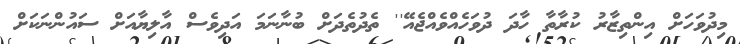
މިދުވަހަށް އިންތިޒާރު ކުރާތާ ހާދަ ދުވަހެއްވެއްޖެއޭ'' ތެދުތެދަށް ބުނާނަމަ އަދިވެސް އާލިޔާއަށް ސައުންނަކަށް